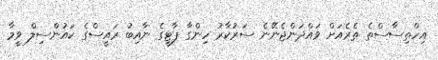
އިހްތިސާސްތެ ތެރެއަށް ވައްދަންޖެނޭނެ ސަރުކާރު ހިންގާ ޕާޓީގެ ނާއިބު ރައީސްގެ ކައުންސިލް ވީމާ